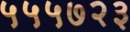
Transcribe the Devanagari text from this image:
५५५७२३